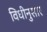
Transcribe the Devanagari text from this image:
विधीनुसार